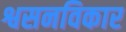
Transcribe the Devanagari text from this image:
श्वसनविकार